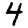
Digit: 4